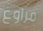
مراوغ